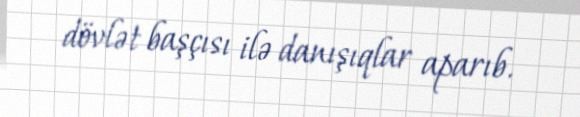
dövlət başçısı ilə danışıqlar aparıb.